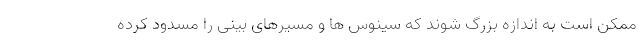
ممکن است به اندازه بزرگ شوند که سینوس ها و مسیرهای بینی را مسدود کرده